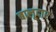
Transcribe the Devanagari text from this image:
बालूदार